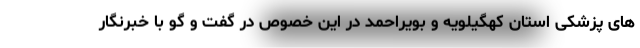
های پزشکی استان کهگیلویه و بویراحمد در این خصوص در گفت و گو با خبرنگار